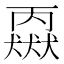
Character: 𬍈